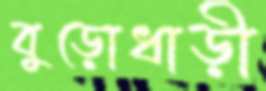
বুড়োধাড়ী